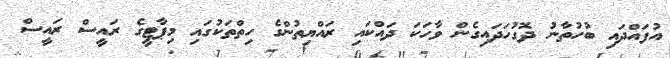
އުފައްދައި ބުހުތާނު ދޮގުހަދައިގެން ވާހަކަ ދައްކައި ރައްޔިތުންގެ ހިތްތަކުގައި މިޕާޓީގެ ރައީސް ރައީސް